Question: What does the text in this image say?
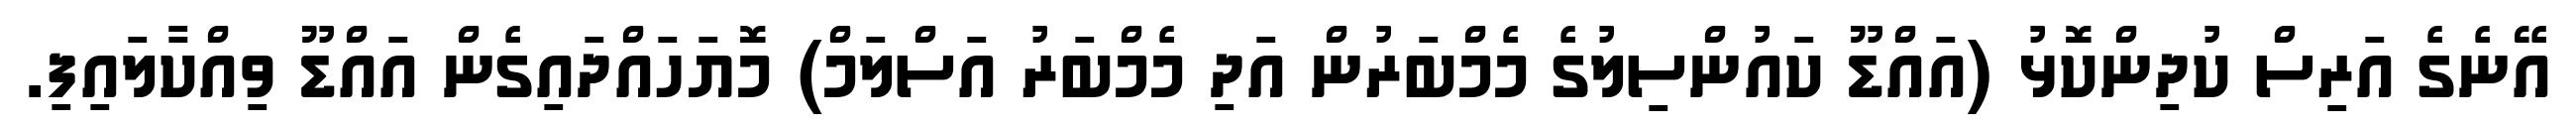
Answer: އޭނެގެ އަރިސް ކުދިންކޮޅު (އައްޑޫ ކައުންސިލުގެ މެމްބަރުން އަދި މެމްބަރު އަސްލަމް) މޮޔަހައްދައިގެން އައްޑޫ ވިއްކާލައިފި.